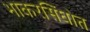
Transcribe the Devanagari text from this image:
भाकरसिंघोत